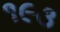
૧૯૩